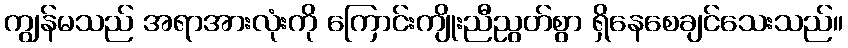
ကျွန်မသည် အရာအားလုံးကို ကြောင်းကျိုးညီညွတ်စွာ ရှိနေစေချင်သေးသည်။